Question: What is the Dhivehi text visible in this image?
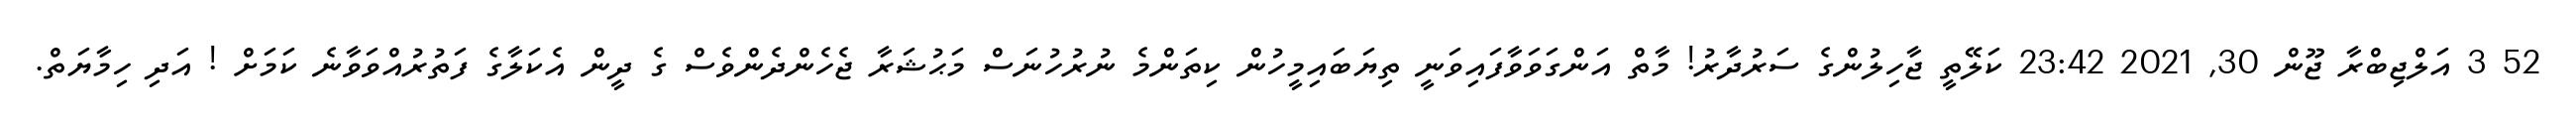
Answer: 52 3 އަލްޖިބްރާ ޖޫން 30, 2021 23:42 ކަލޭތީ ޖާހިލުންގެ ސަރުދާރު! މާތް އަންގަވަވާފައިވަނީ ތިޔަބައިމީހުން ކިތަންމެ ނުރުހުނަސް މަޙުޝަރާ ޖެހެންދެންވެސް ގެ ދީން އެކަލާގެ ފަތުރުއްވަވާނެ ކަމަށް ! އަދި ހިމާޔަތް.